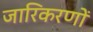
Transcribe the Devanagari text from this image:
जारिकरणों